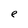
Character: e